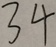
3 4